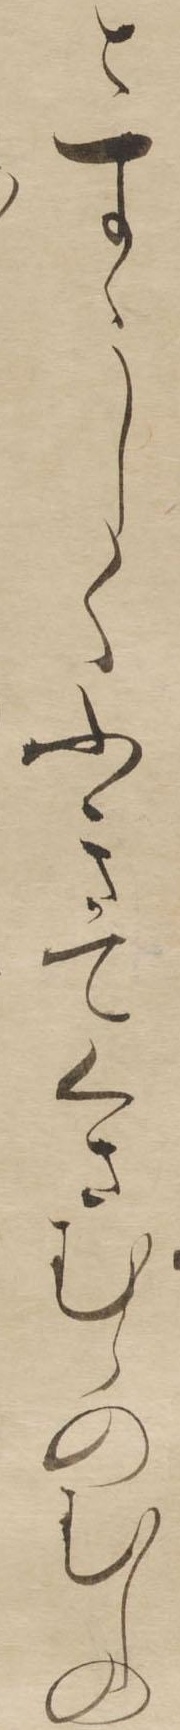
とすゝしくふきてくさむらのむしの